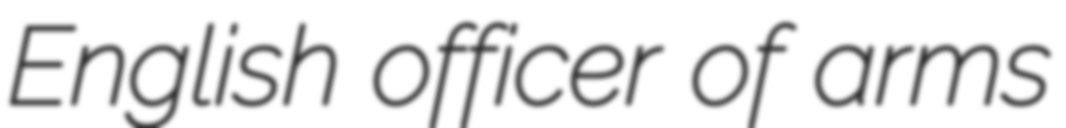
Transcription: English officer of arms